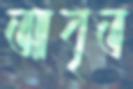
আবৃত